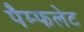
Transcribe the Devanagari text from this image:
पैम्‍फलेट